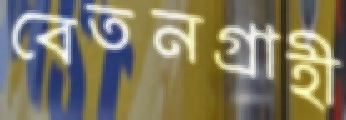
বেতনগ্রাহী